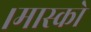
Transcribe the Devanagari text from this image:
।मास्को